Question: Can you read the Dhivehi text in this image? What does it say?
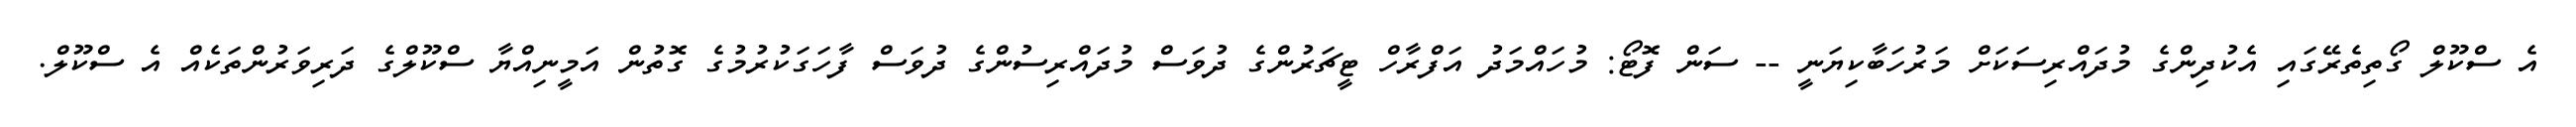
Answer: އެ ސްކޫލް ގޯތިތެރޭގައި އެކުދިންގެ މުދައްރިސަކަށް މަރުހަބާކިޔަނީ -- ސަން ފޮޓޯ: މުހައްމަދު އަފްރާހް ޓީޗަރުންގެ ދުވަސް މުދައްރިސުންގެ ދުވަސް ފާހަގަކުރުމުގެ ގޮތުން އަމީނިއްޔާ ސްކޫލްގެ ދަރިވަރުންތަކެއް އެ ސްކޫލް.